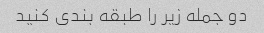
دو جمله زیر را طبقه بندی کنید